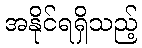
အနိုင်ရရှိသည့်